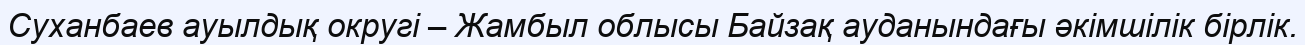
Суханбаев ауылдық округі – Жамбыл облысы Байзақ ауданындағы әкімшілік бірлік.